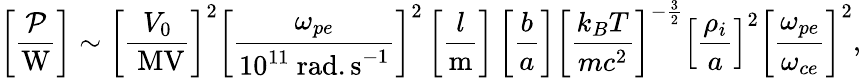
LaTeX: \left[\frac{\mathcal{P}}{\mathrm{W}}\right]\sim\left[\frac{V_{0}}{~\mathrm{MV}}\right]^{2}\left[\frac{\omega_{{pe}}}{10^{11}~\mathrm{rad.s}^{-1}}\right]^{2}\left[\frac{l}{\mathrm{m}}\right]\left[\frac{b}{a}\right]\left[\frac{k_{B}T}{mc^{2}}\right]^{-\frac{3}{2}}\left[\frac{\rho_{i}}{a}\right]^{2}\left[\frac{\omega_{pe}}{\omega_{ce}}\right]^{2},